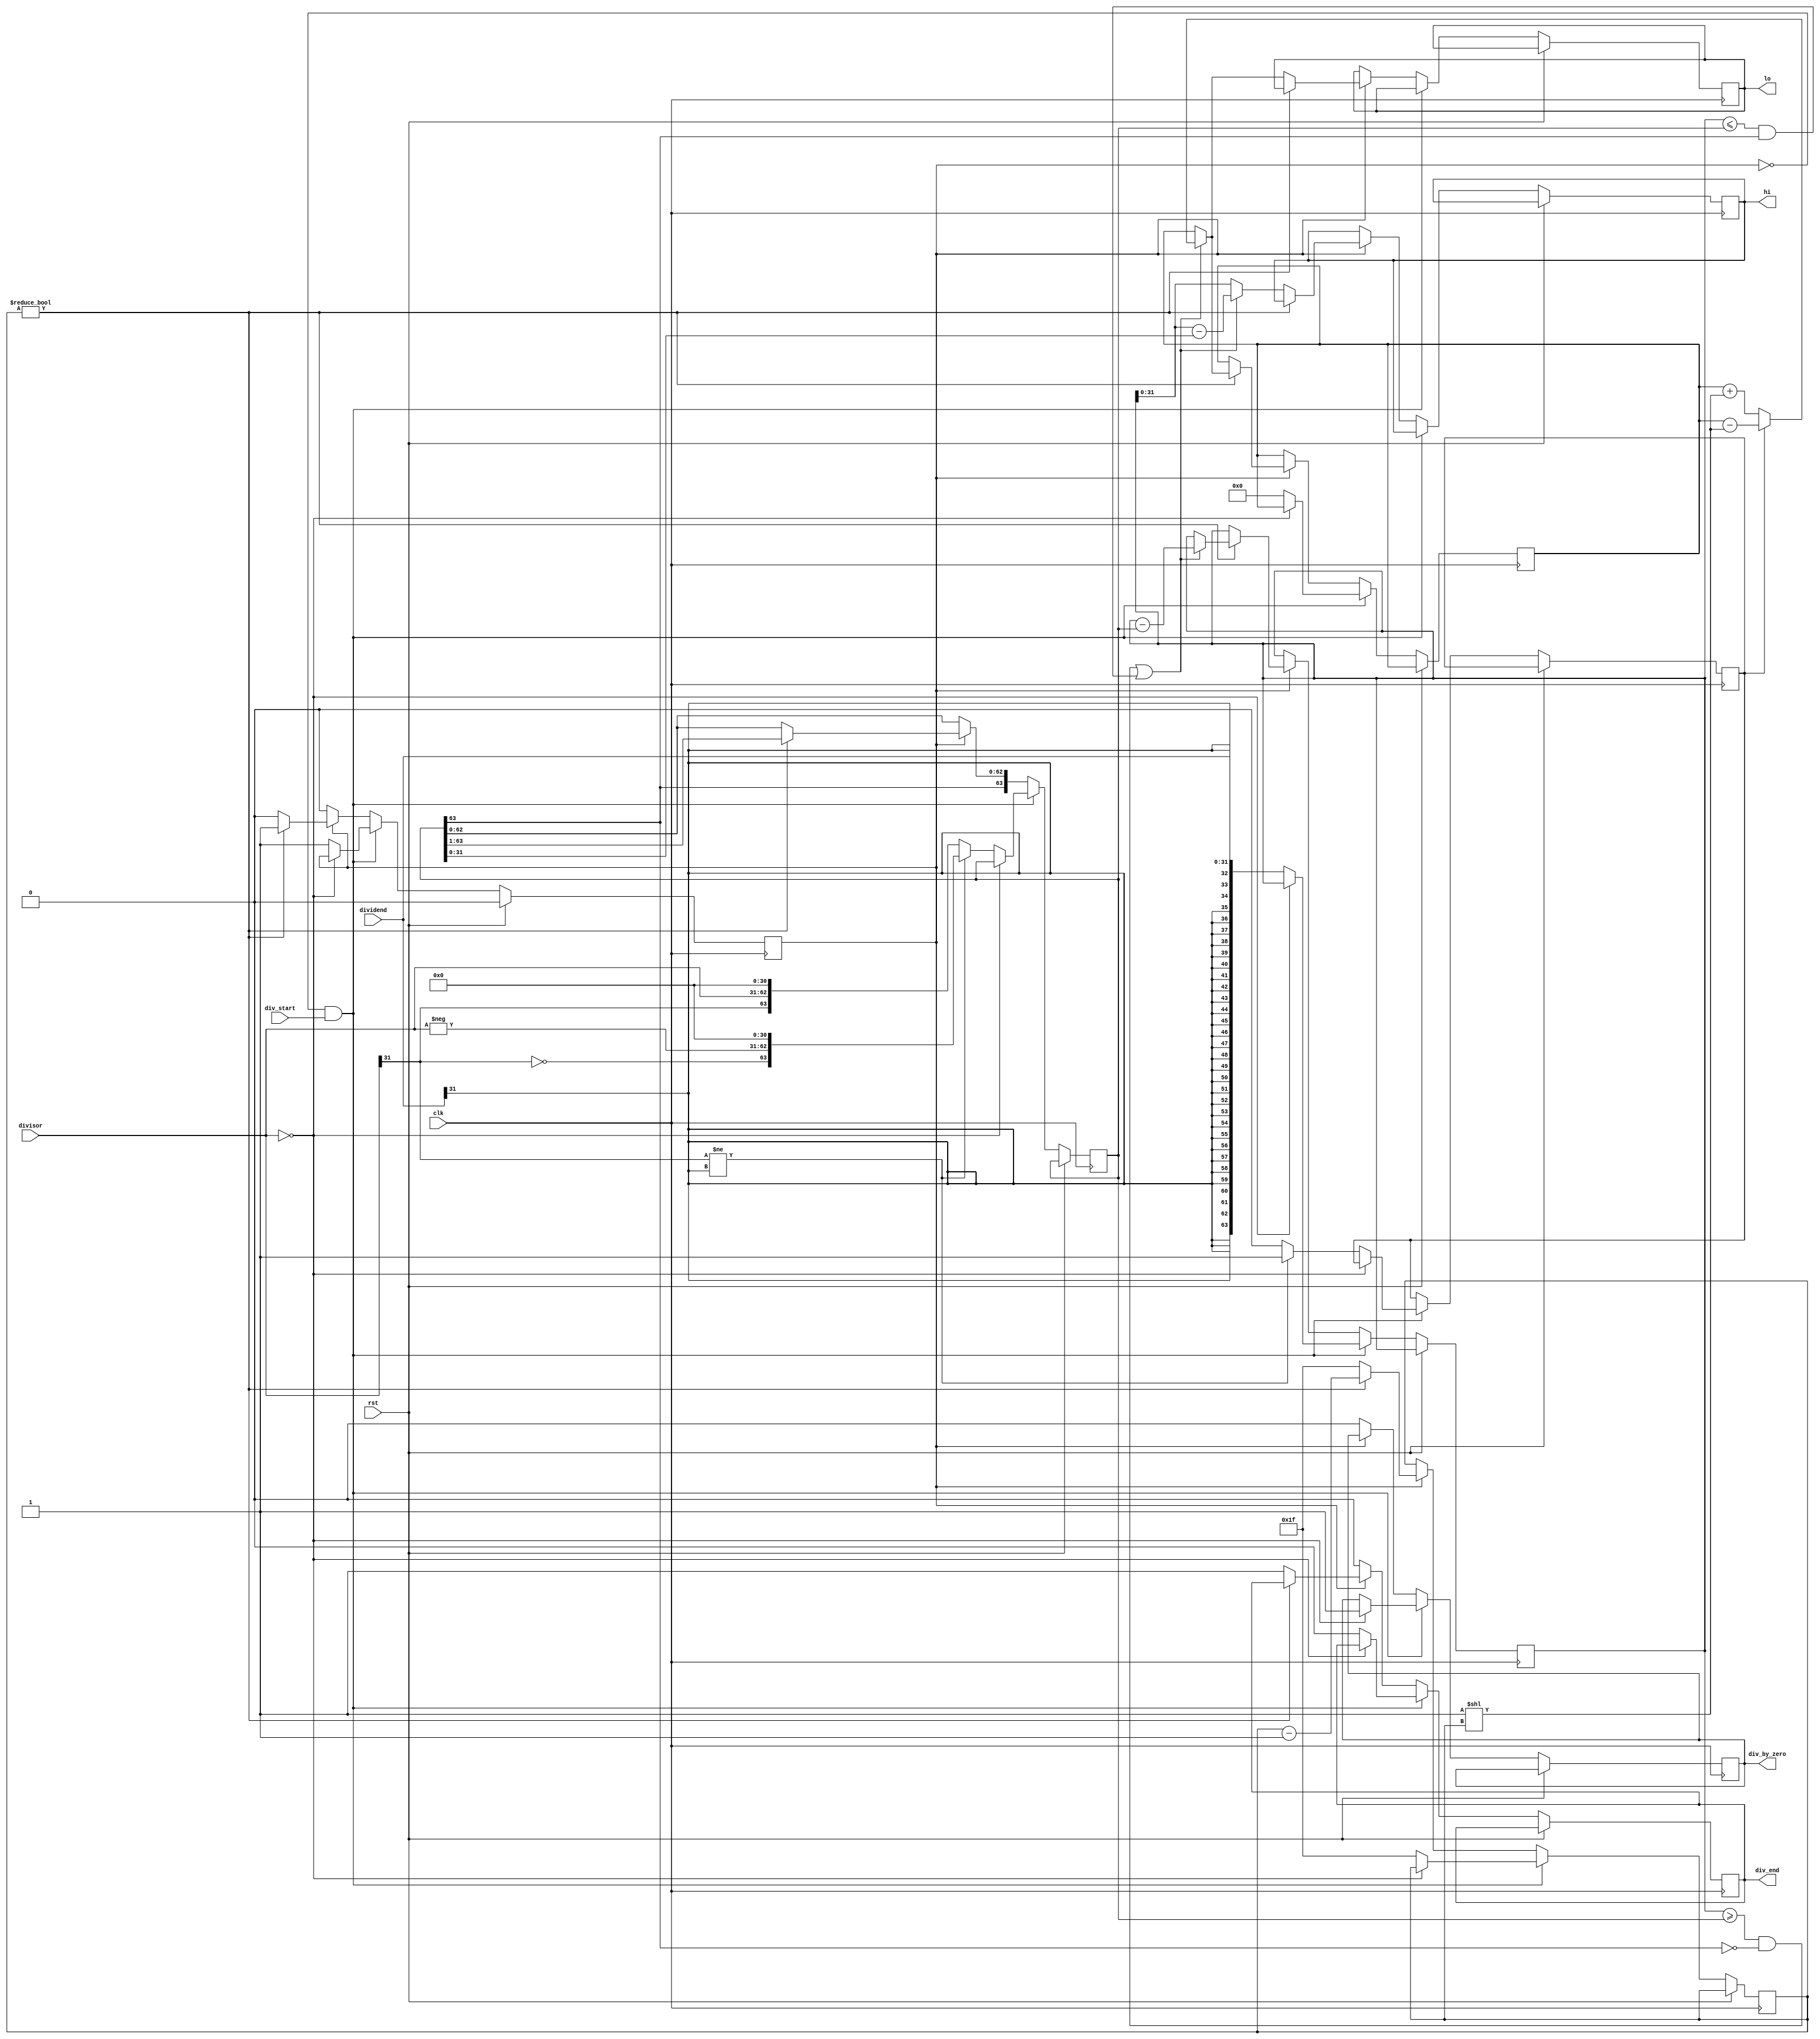
module div(clk, rst, div_start, dividend, divisor, div_end, hi, lo, div_by_zero);

input wire clk, rst, div_start;
input wire signed [31:0] dividend, divisor;
output reg div_end, div_by_zero;
output reg [31:0] hi, lo;

//Helpers
reg signed [63:0] divisor_acc, dividend_acc;
reg signed [31:0] quotient;
reg [4:0] N;
reg do_div, diff_bit;

initial begin
	do_div = 1'b0;
end

always @(posedge clk) begin
	if (rst) begin
		do_div = 1'b0;
	end
	else if (~do_div && div_start) begin

		if (divisor==32'b0) begin //Checking division by zero
			div_by_zero <= 1'b1;
		end else begin
			if (divisor[31]!=dividend[31]) begin //In case of divisor and dividend having opposite signs, invert divisor sign and set diff_bit
				divisor_acc <=  { {~divisor[31]}, {-divisor[31:0]}, {31{1'b0}} };
				diff_bit<=1'b1;
			end
			else begin // If both are positive or negative, do not mess with them
				divisor_acc <=  { {divisor[31]}, {divisor[31:0]}, {31{1'b0}} };	
				diff_bit<=1'b0;
			end

			dividend_acc <=  { {32{dividend[31]}} , {dividend[31:0]} };
			quotient <= 32'd0;
			do_div <= 1'b1;
			div_end <= 1'b0;
			N = 5'd31;
		end
	end
	else if (do_div) begin
		if (N!=0) begin
			if ( (dividend_acc>=divisor_acc && ~divisor_acc[63]) || (dividend_acc<=divisor_acc && divisor_acc[63]) ) begin
				dividend_acc <= dividend_acc - divisor_acc;
				quotient <= (diff_bit) ? quotient - (32'b1 << N) : quotient + (32'b1 << N);
			end

			divisor_acc <= divisor_acc >>> 1;
			N <= N-1;
		end
		else begin

			if ((dividend_acc>=divisor_acc && ~divisor_acc[63]) || (dividend_acc<=divisor_acc && divisor_acc[63])) begin
				hi <= (dividend_acc[31:0] - divisor_acc[31:0]);
				lo <= (diff_bit) ? quotient - (32'b1 << N) : quotient + (32'b1 << N);
			end
			else begin
				hi <= dividend_acc[31:0];
				lo <= quotient;
			end

			div_end <= 1'b1;
			N = 5'd31;
			do_div = 1'b0;
		end
		
	end
	else begin
		div_end <= 1'b0;
		div_by_zero <= 1'b0;
	end
	
end


endmodule